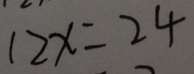
1 2 x = 2 4